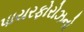
પાયરફોરોઝનો